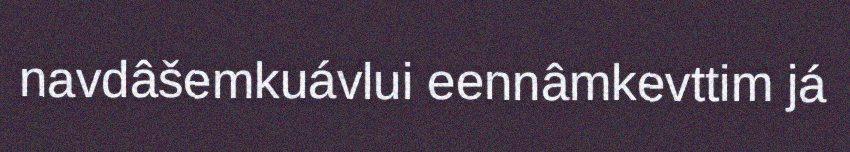
navdâšemkuávlui eennâmkevttim já